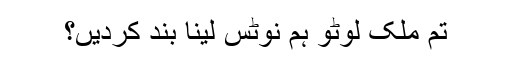
تم ملک لوٹو ہم نوٹس لینا بند کردیں؟